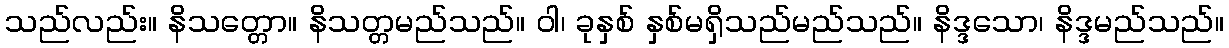
သည်လည်း။ နိသတ္တော။ နိသတ္တမည်သည်။ ဝါ၊ ခုနှစ် နှစ်မရှိသည်မည်သည်။ နိဒ္ဒသော၊ နိဒ္ဒမည်သည်။